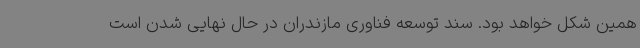
همین شکل خواهد بود. سند توسعه فناوری مازندران در حال نهایی شدن است